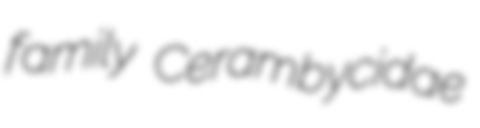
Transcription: family Cerambycidae